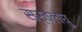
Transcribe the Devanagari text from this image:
सर्वलघु